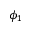
\phi _ { 1 }